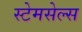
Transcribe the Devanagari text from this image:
स्टेमसेल्स